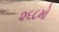
૨૬૮મો